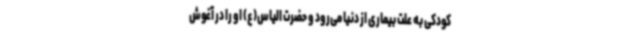
کودکی به علت بیماری از دنیا می‌رود و حضرت الیاس(ع) او را در آغوش